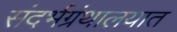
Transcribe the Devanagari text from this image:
संदर्भग्रंथालयात